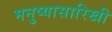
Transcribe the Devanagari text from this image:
मनुष्यासारिखी